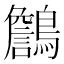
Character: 𪆻